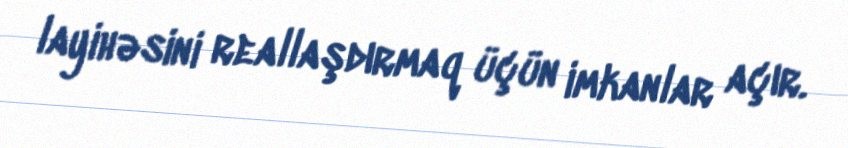
layihəsini reallaşdırmaq üçün imkanlar açır.